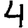
Digit: 4